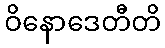
ဝိနောဒေတီတိ